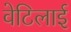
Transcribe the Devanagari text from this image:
वेटिलाई